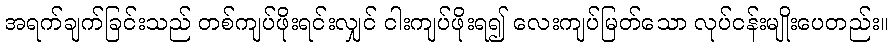
အရက်ချက်ခြင်းသည် တစ်ကျပ်ဖိုးရင်းလျှင် ငါးကျပ်ဖိုးရ၍ လေးကျပ်မြတ်သော လုပ်ငန်းမျိုးပေတည်း။